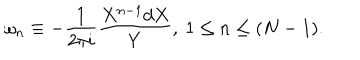
\omega _ { n } \equiv - \frac { 1 } { 2 \pi i } \frac { X ^ { n - 1 } d X } { Y } , ~ 1 \leq n \leq ( N - 1 ) .